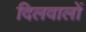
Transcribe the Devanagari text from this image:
दिलवालों